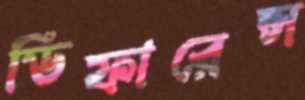
ডিফারেন্স